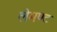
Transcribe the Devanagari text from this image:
लेमण्ट